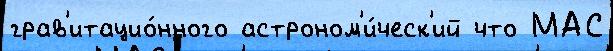
грав'итацио́нного астроном'и́ческ'ий что МАС